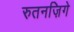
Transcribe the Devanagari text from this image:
रुतनज़िगे